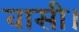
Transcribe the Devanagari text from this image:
वासी।